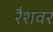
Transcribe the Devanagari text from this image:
रैशवर